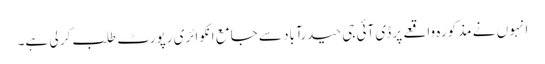
انہو ں نے مذکورہ واقعے پر ڈی آئی جی حیدرآباد سے جامع انکوائری رپورٹ طلب کر لی ہے۔